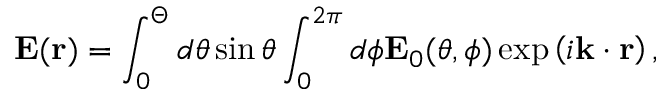
\mathbf { E } ( \mathbf { r } ) = \int _ { 0 } ^ { \Theta } d \theta \sin \theta \int _ { 0 } ^ { 2 \pi } d \phi \mathbf { E } _ { 0 } ( \theta , \phi ) \exp \left( i \mathbf { k } \cdot \mathbf { r } \right) ,